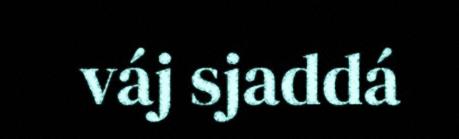
váj sjaddá